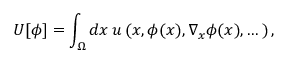
U [ \phi ] = \int _ { \Omega } d x \: u \left( x , \phi ( x ) , \nabla _ { x } \phi ( x ) , \dots \right) ,